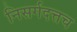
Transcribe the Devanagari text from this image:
निसर्गदत्तच